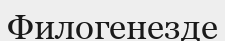
Филогенезде